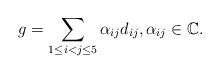
LaTeX: \begin{align*}g = \sum_{1\le i<j\le 5} \alpha_{ij} d_{ij},\alpha_{ij}\in\mathbb C.\end{align*}